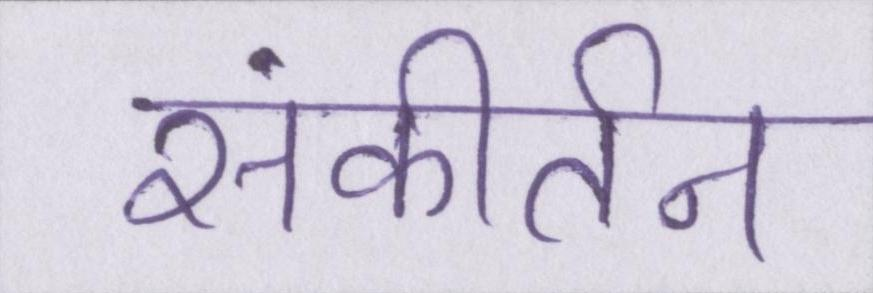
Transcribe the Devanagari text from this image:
संकीर्तन